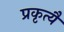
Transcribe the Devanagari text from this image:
प्रकृत्यै